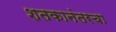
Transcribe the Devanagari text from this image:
शतकानंतरचा